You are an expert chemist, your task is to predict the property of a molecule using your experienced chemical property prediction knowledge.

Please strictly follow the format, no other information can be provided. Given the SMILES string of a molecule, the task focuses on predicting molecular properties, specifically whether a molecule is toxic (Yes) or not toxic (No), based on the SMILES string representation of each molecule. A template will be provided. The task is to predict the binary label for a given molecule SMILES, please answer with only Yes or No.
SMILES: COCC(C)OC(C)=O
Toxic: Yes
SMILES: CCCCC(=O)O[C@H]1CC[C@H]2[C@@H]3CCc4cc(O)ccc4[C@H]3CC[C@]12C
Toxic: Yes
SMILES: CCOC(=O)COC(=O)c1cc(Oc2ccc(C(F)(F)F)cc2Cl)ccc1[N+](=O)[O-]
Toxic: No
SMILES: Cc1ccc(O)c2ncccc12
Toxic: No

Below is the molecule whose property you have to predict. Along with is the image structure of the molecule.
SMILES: CCc1cn([C@H]2C[C@H](O)[C@@H](CO)O2)c(=O)[nH]c1=O
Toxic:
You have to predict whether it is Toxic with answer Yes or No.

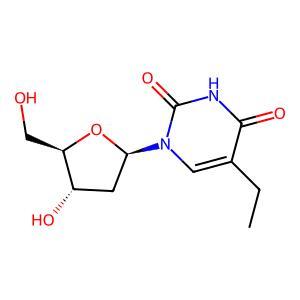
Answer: No